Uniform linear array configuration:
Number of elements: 24
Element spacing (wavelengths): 0.75
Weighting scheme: hamming
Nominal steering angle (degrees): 0
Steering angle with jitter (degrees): -0.312
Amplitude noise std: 0.05
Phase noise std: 0.05

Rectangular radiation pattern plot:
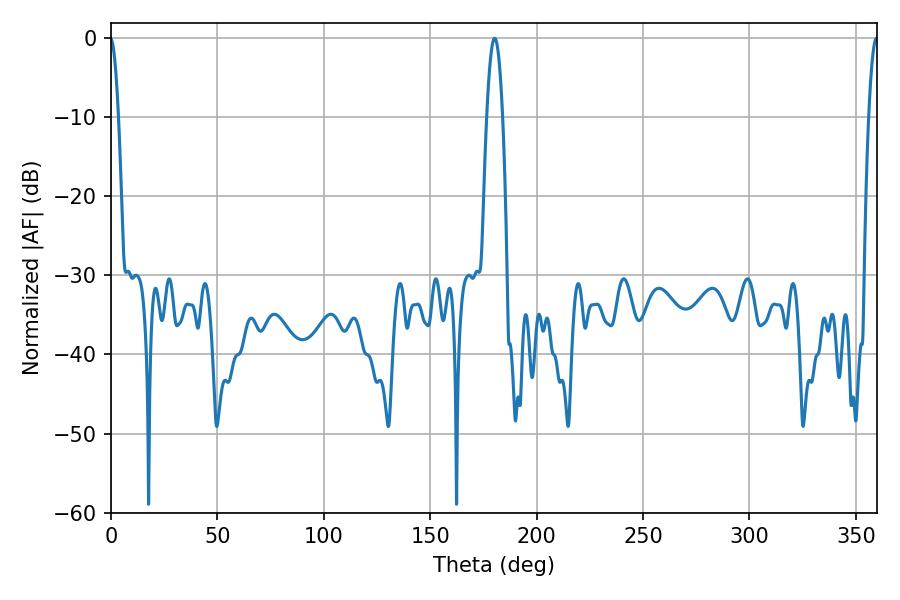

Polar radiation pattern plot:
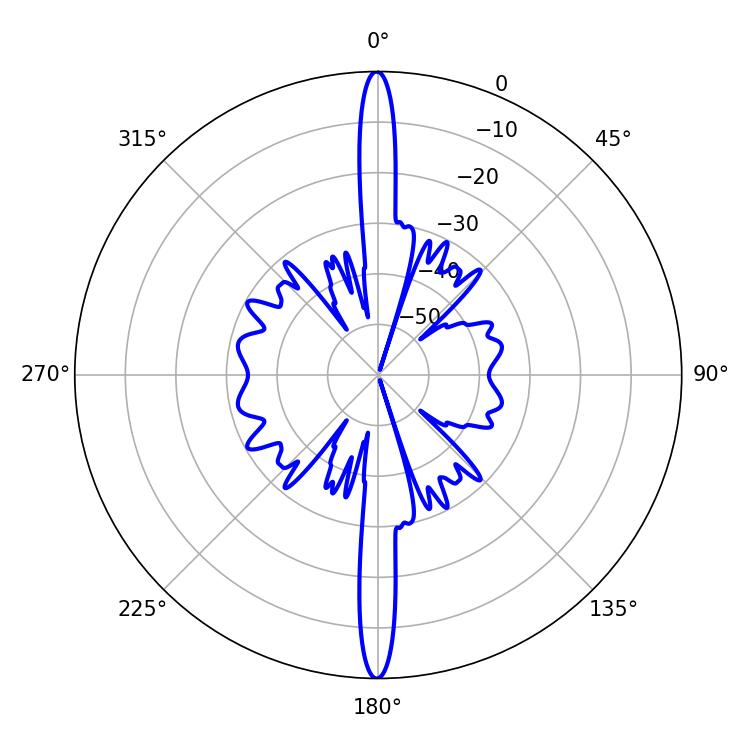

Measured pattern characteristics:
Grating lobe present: TRUE
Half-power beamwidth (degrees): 2.34
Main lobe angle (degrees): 359.64